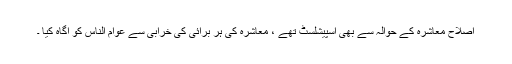
اصلاح معاشرہ کے حوالہ سے بھی اسپیشلسٹ تھے ، معاشرہ کی ہر برائی کی خرابی سے عوام الناس کو آگاہ کیا ۔